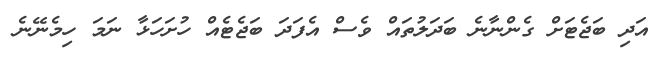
އަދި ބަޖެޓަށް ގެންނާނެ ބަދަލުތައް ވެސް އެފަދަ ބަޖެޓެއް ހުށަހަޅާ ނަމަ ހިމެނޭނެ